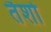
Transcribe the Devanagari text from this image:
तैशो